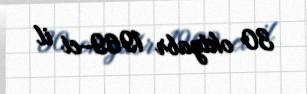
30 oktyabr 1969-ci il